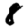
Digit: 8